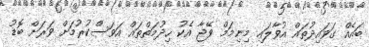
ބައެއް ގަވައިދުތައް އުވާލައި މިނިމަމް ވޭޖާ އެކު ހިދުމަތްތައް އަވަސްކުރުމަށް ވަރަށް ބޮޑު